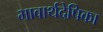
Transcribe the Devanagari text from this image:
भावार्थदेपिका